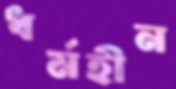
ধর্মহীন